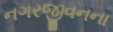
નગરજીવનના